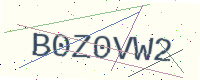
Text: B0Z0VW2